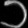
Digit: ၁